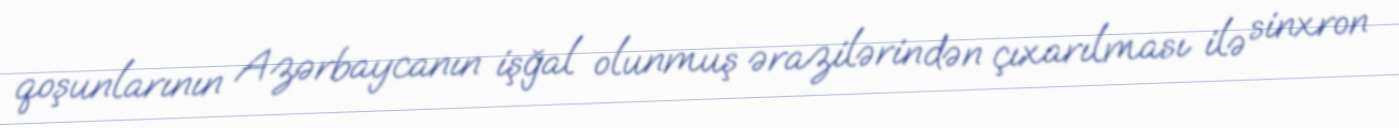
qoşunlarının Azərbaycanın işğal olunmuş ərazilərindən çıxarılması ilə sinxron